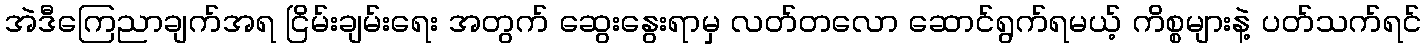
အဲဒီကြေညာချက်အရ ငြိမ်းချမ်းရေး အတွက် ဆွေးနွေးရာမှ လတ်တလော ဆောင်ရွက်ရမယ့် ကိစ္စများနဲ့ ပတ်သက်ရင်